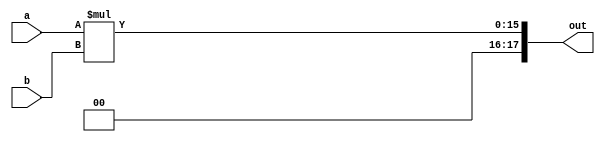
`timescale 1ns / 1ps
module Multiplier(input[7:0] a, input[7:0] b, output reg[17:0] out);
   always @(a or b)
    begin
      out = a*b ;
     end

endmodule